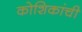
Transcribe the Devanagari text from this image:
कोशिकांची